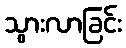
သွားလာခြင်း